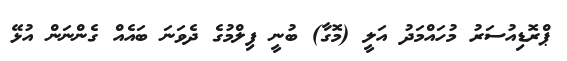
ޕްރޮޑިއުސަރު މުހައްމަދު އަލީ (މޮގާ) ބުނީ ފިލްމުގެ ދެވަނަ ބައެއް ގެންނަން އުޅޭ